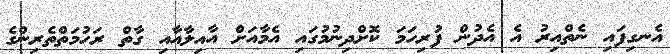
އެނގިފައި ނެތްއިރު އެ އެދުން ފުރިހަމަ ކޮށްދިނުމުގައި އެމާއަށް އާއިލާއާއި ގާތް ރަހުމަތްތެރިންގެ